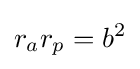
r_{a}r_{p}=b^{2}